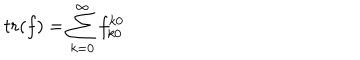
t r ( f ) = \sum _ { k = 0 } ^ { \infty } f _ { k 0 } ^ { k 0 }